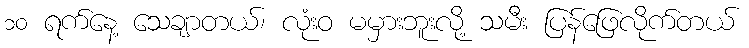
၁၀ ရက်နေ့ သေချာတယ်၊ လုံးဝ မမှားဘူးလို့ သမီး ပြန်ဖြေလိုက်တယ်